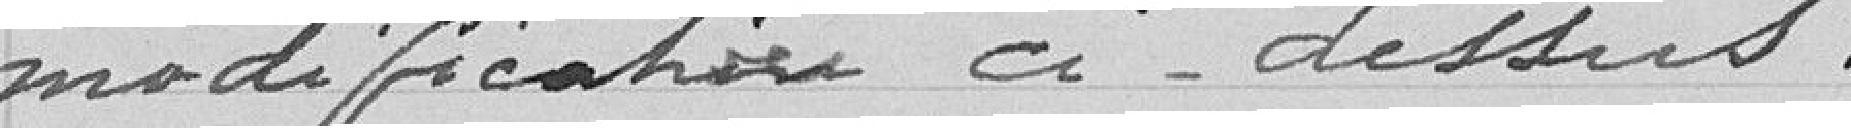
modification ci-dessus.